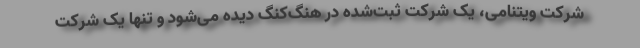
شرکت ویتنامی، یک شرکت ثبت‌شده در هنگ‌کنگ دیده می‌شود و تنها یک شرکت